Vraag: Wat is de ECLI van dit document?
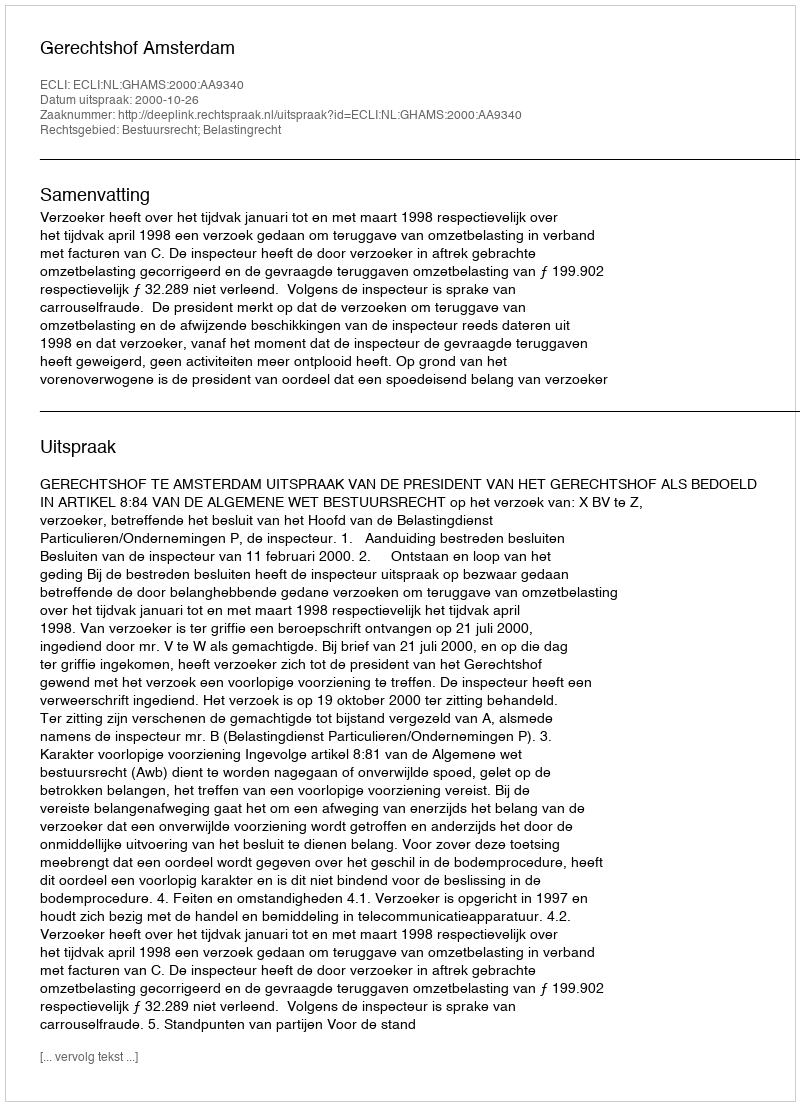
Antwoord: ECLI:NL:GHAMS:2000:AA9340